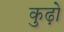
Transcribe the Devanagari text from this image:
कुढ़ो